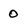
Character: 0